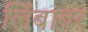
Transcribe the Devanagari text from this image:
लिंबावर